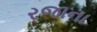
રજાના